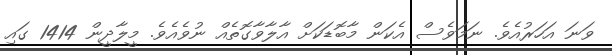
ވަނަ އަހަރުއެވެ. ނަމަވެސް އެކަން މާބޮޑަކަށް އާލާވާގޮތެއް ނުވެއެވެ. މީލާދީން 1414 ގައި